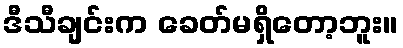
ဒီသီချင်းက ခေတ်မရှိတော့ဘူး။